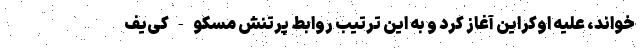
خواند، علیه اوکراین آغاز کرد و به این ترتیب روابط پرتنش مسکو - کی‌یف